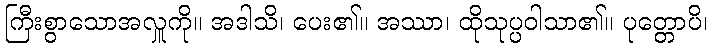
ကြီးစွာသောအလှူကို။ အဒါသိ၊ ပေး၏။ အဿာ၊ ထိုသုပ္ပဝါသာ၏။ ပုတ္တောပိ၊